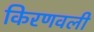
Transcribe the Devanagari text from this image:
किरणवली